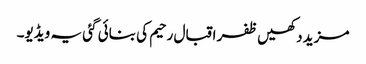
مزید دکھیں ظفر اقبال رحیم کی بنائی گئی یہ ویڈیو۔